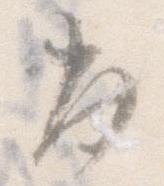
出